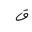
Letter: _qaf